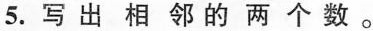
5.写出相邻的两个数。